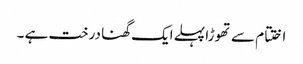
اختتام سے تھوڑا پہلے ایک گھنا درخت ہے ۔